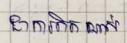
ជាការពិតណាស់